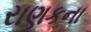
રાણકના